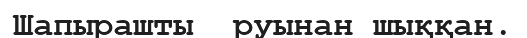
Шапырашты  руынан шыққан.